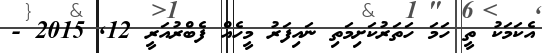
އެކަމަކު ތީ ހަމަ ހަތަރުކަށިމަތި ނައިފަރު މީހެއް ފެބްރުއަރީ 12